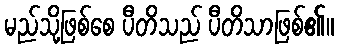
မည်သို့ဖြစ်စေ ပီတိသည် ပီတိသာဖြစ်၏။